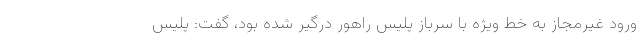
ورود غیرمجاز به خط ویژه با سرباز پلیس راهور درگیر شده بود، گفت: پلیس